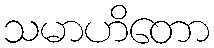
သမာဟိတော